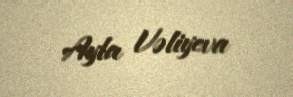
Ayla Vəliyeva